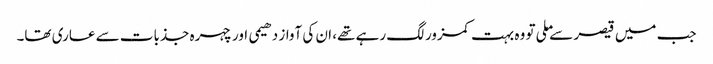
جب میں قیصر سے ملی تو وہ بہت کمزور لگ رہے تھے، ان کی آواز دھیمی اور چہرہ جذبات سے عاری تھا۔